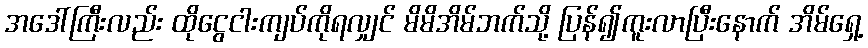
အဒေါ်ကြီးလည်း ထိုငွေငါးကျပ်ကိုရလျှင် မိမိအိမ်ဘက်သို့ ပြန်၍ကူးလာပြီးနောက် အိမ်ရှေ့